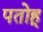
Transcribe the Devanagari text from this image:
पतोहू